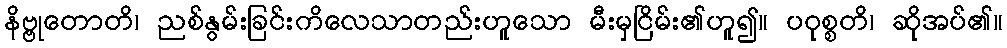
နိဗ္ဗုတောတိ၊ ညစ်နွမ်းခြင်းကိလေသာတည်းဟူသော မီးမှငြိမ်း၏ဟူ၍။ ပဝုစ္စတိ၊ ဆိုအပ်၏။